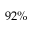
9 2 \%